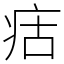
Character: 㽽